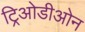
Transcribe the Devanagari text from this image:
ट्रिओडीओन